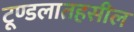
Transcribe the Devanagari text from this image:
टूण्डलातहसील